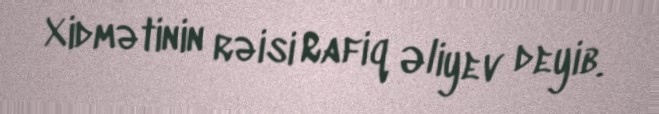
Xidmətinin rəisi Rafiq Əliyev deyib.